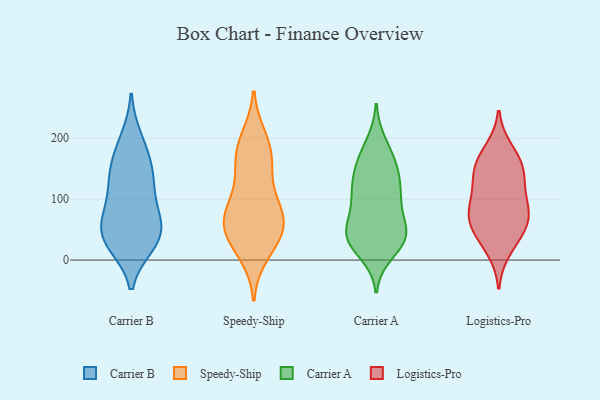
{"axis": {"x": "Satisfaction Score", "y": "Value"}, "legend": ["Carrier A", "Carrier B", "Logistics-Pro", "Speedy-Ship"], "data": [{"x": "", "y": 45, "type": "Carrier B"}, {"x": "", "y": 76, "type": "Carrier B"}, {"x": "", "y": 26, "type": "Carrier B"}, {"x": "", "y": 30, "type": "Carrier B"}, {"x": "", "y": 199, "type": "Carrier B"}, {"x": "", "y": 114, "type": "Carrier B"}, {"x": "", "y": 33, "type": "Carrier B"}, {"x": "", "y": 148, "type": "Carrier B"}, {"x": "", "y": 141, "type": "Carrier B"}, {"x": "", "y": 82, "type": "Carrier B"}, {"x": "", "y": 65, "type": "Carrier B"}, {"x": "", "y": 40, "type": "Carrier B"}, {"x": "", "y": 181, "type": "Carrier B"}, {"x": "", "y": 138, "type": "Carrier B"}, {"x": "", "y": 181, "type": "Speedy-Ship"}, {"x": "", "y": 11, "type": "Speedy-Ship"}, {"x": "", "y": 85, "type": "Speedy-Ship"}, {"x": "", "y": 141, "type": "Speedy-Ship"}, {"x": "", "y": 151, "type": "Speedy-Ship"}, {"x": "", "y": 56, "type": "Speedy-Ship"}, {"x": "", "y": 87, "type": "Speedy-Ship"}, {"x": "", "y": 58, "type": "Speedy-Ship"}, {"x": "", "y": 79, "type": "Speedy-Ship"}, {"x": "", "y": 35, "type": "Speedy-Ship"}, {"x": "", "y": 60, "type": "Speedy-Ship"}, {"x": "", "y": 180, "type": "Speedy-Ship"}, {"x": "", "y": 34, "type": "Speedy-Ship"}, {"x": "", "y": 199, "type": "Speedy-Ship"}, {"x": "", "y": 36, "type": "Carrier A"}, {"x": "", "y": 37, "type": "Carrier A"}, {"x": "", "y": 114, "type": "Carrier A"}, {"x": "", "y": 46, "type": "Carrier A"}, {"x": "", "y": 31, "type": "Carrier A"}, {"x": "", "y": 160, "type": "Carrier A"}, {"x": "", "y": 35, "type": "Carrier A"}, {"x": "", "y": 53, "type": "Carrier A"}, {"x": "", "y": 147, "type": "Carrier A"}, {"x": "", "y": 50, "type": "Carrier A"}, {"x": "", "y": 151, "type": "Carrier A"}, {"x": "", "y": 12, "type": "Carrier A"}, {"x": "", "y": 89, "type": "Carrier A"}, {"x": "", "y": 96, "type": "Carrier A"}, {"x": "", "y": 34, "type": "Carrier A"}, {"x": "", "y": 126, "type": "Carrier A"}, {"x": "", "y": 176, "type": "Carrier A"}, {"x": "", "y": 119, "type": "Carrier A"}, {"x": "", "y": 191, "type": "Carrier A"}, {"x": "", "y": 95, "type": "Carrier A"}, {"x": "", "y": 55, "type": "Logistics-Pro"}, {"x": "", "y": 158, "type": "Logistics-Pro"}, {"x": "", "y": 120, "type": "Logistics-Pro"}, {"x": "", "y": 162, "type": "Logistics-Pro"}, {"x": "", "y": 138, "type": "Logistics-Pro"}, {"x": "", "y": 17, "type": "Logistics-Pro"}, {"x": "", "y": 181, "type": "Logistics-Pro"}, {"x": "", "y": 56, "type": "Logistics-Pro"}, {"x": "", "y": 75, "type": "Logistics-Pro"}, {"x": "", "y": 83, "type": "Logistics-Pro"}, {"x": "", "y": 141, "type": "Logistics-Pro"}, {"x": "", "y": 76, "type": "Logistics-Pro"}, {"x": "", "y": 38, "type": "Logistics-Pro"}, {"x": "", "y": 95, "type": "Logistics-Pro"}]}